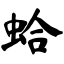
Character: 蛤